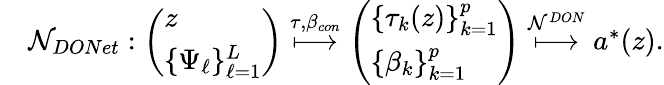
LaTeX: \begin{array}{rl}&{\mathcal{N}_{DONet}:\left(\begin{array}{l}{z}\\ {\{ \Psi_{\ell}\} _{\ell=1}^{L}}\end{array}\right)\overset{\tau,\beta_{con}}\longmapsto\left(\begin{array}{l}{\{ \tau_{k}(z)\} _{k=1}^{p}}\\ {\{ \beta_{k}\} _{k=1}^{p}}\end{array}\right)\overset{\mathcal{N}^{DON}}\longmapsto a^{\ast}(z).}\end{array}